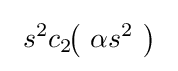
\ s^{2}c_{2}\!\!\left(\ \alpha s^{2}\ \right)\